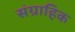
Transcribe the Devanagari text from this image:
संग्राहिक